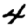
Digit: 4